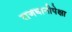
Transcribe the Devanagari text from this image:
राजधानीपेक्षा